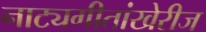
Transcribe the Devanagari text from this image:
नाट्यगीतांखेरीज